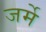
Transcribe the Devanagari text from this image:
जर्मे